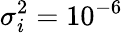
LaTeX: \sigma_{i}^{2}=10^{-6}